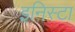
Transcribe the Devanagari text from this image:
इनिस्टा